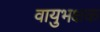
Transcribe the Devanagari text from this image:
वायुभक्षक